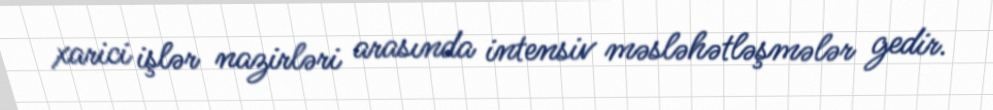
xarici işlər nazirləri arasında intensiv məsləhətləşmələr gedir.